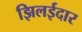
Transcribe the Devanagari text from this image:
झिलईदार